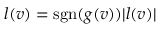
l ( v ) = \operatorname { s g n } ( g ( v ) ) | l ( v ) |